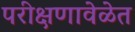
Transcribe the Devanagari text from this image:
परीक्षणावेळेत